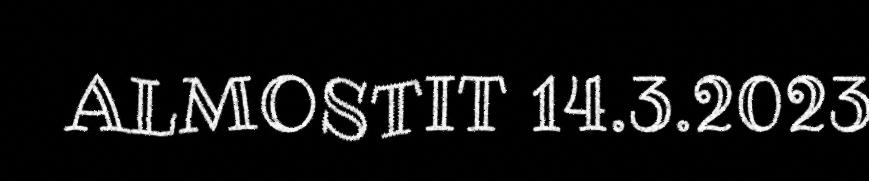
ALMOSTIT 14.3.2023